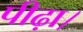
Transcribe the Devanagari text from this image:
पीढ़ा।